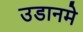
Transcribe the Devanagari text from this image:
उडानमे